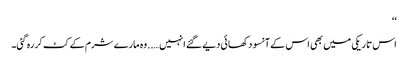
‘‘
اس تاریکی میں بھی اس کے آنسو دکھائی دیے گئے انہیں…..وہ مارے شرم کے کٹ کر رہ گئی۔